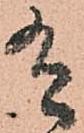
有